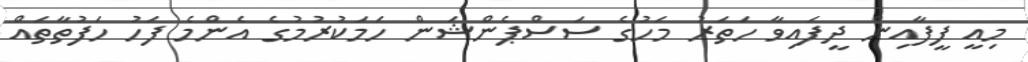
މިއީ ފީފާއިން ދީފައިވާ ހަތަރު މަހުގެ ސަސްޕެންޝަން ހަމަކުރުމުގެ އެންމެ ފަހު ހަފުތާތައް